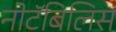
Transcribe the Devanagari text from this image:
नोटॅबिलिस